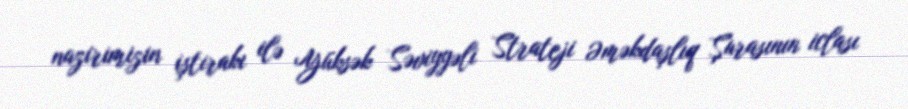
nazirimizin iştirakı ilə Yüksək Səviyyəli Strateji Əməkdaşlıq Şurasının iclası